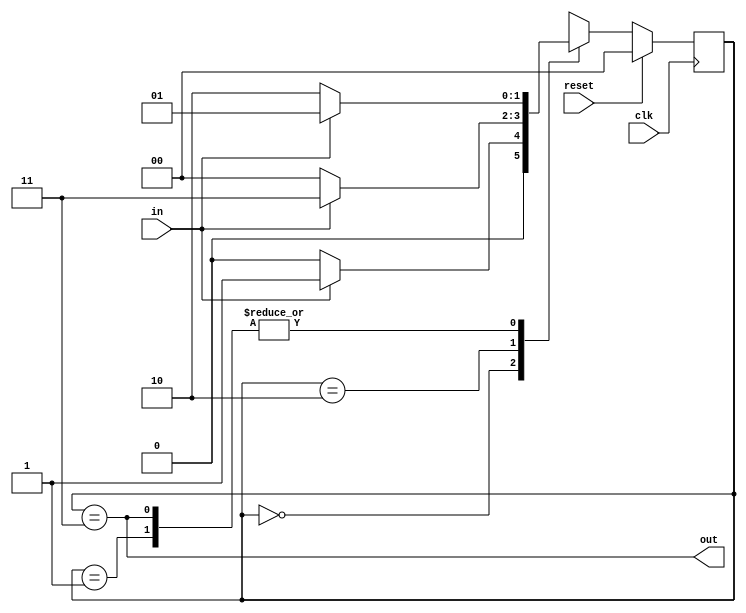
//
//
// https://hdlbits.01xz.net/wiki/Fsm3s
//
//

`default_nettype none

module top_module (
    input   clk,
    input   in,
    input   reset,
    output  out
);

    parameter   A = 2'd0,
                B = 2'd1,
                C = 2'd2,
                D = 2'd3;

    reg [1:0]   state;
    reg [1:0]   next_state;

    // State transition logic
    always @(*) begin
        case (state)
        A   : next_state = in ? B : A;
        B   : next_state = in ? B : C;
        C   : next_state = in ? D : A;
        D   : next_state = in ? B : C;
        endcase
    end

    // State flip-flops with asynchronous reset
    always @(posedge clk) begin
        if (reset)
            state <= A;
        else
            state <= next_state;
    end

    // Output logic
    assign out = (state == D);

endmodule